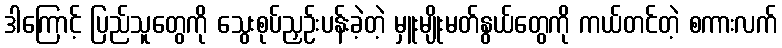
ဒါကြောင့် ပြည်သူတွေကို သွေးစုပ်ညှဉ်းပန်းခဲ့တဲ့ မှူးမျိုးမတ်နွယ်တွေကို ကယ်တင်တဲ့ စကားလက်